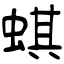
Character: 蜞